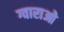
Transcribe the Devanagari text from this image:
ग्वाराओ